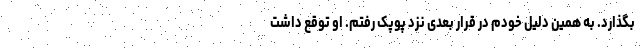
بگذارد. به همین دلیل خودم در قرار بعدی نزد پوپک رفتم. او توقع داشت